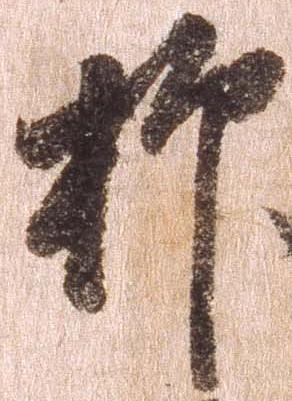
抑